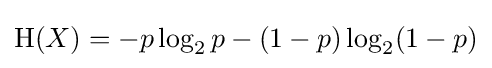
\operatorname {H} (X)=-p\log _{2}p-(1-p)\log _{2}(1-p)